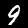
Digit: 9